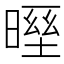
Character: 𣉓